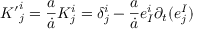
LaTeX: { K ^ { \prime } } _ { j } ^ { i } = { \frac { a } { \dot { a } } } K _ { j } ^ { i } = \delta _ { j } ^ { i } - { \frac { a } { \dot { a } } } e _ { I } ^ { i } \partial _ { t } ( e _ { j } ^ { I } )